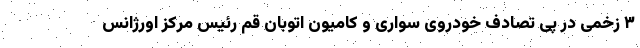
۳ زخمی در پی تصادف خودروی سواری و کامیون اتوبان قم رئیس مرکز اورژانس